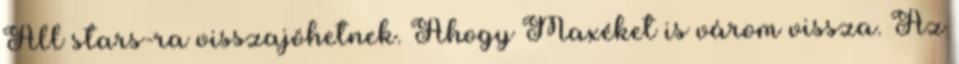
All stars-ra visszajöhetnek. Ahogy Maxéket is várom vissza. Az